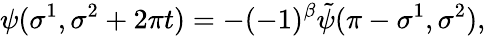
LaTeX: \psi(\sigma^{1},\sigma^{2}+2\pi t)=-(-1)^{\beta}\tilde{\psi}(\pi-\sigma^{1},\sigma^{2}),